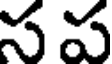
స ప